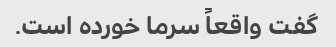
گفت واقعاً سرما خورده است.